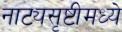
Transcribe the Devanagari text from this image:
नाट्यसृष्टीमध्ये